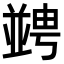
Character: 𠁔